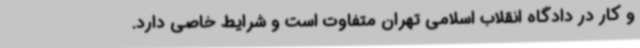
و کار در دادگاه انقلاب اسلامی تهران متفاوت است و شرایط خاصی دارد.